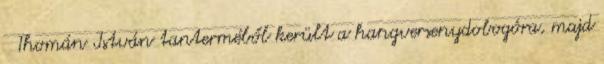
Thomán István tanterméből került a hangversenydobogóra, majd